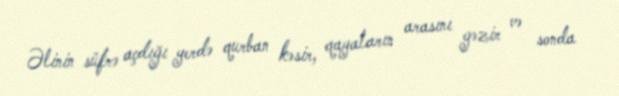
Əlinin süfrə açdığı yerdə qurban kəsir, qayaların arasını gəzir və sonda